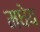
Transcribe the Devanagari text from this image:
मधेय